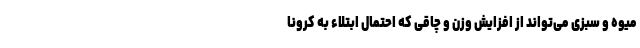
میوه و سبزی می‌تواند از افزایش وزن و چاقی که احتمال ابتلاء به کرونا